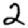
Digit: 2